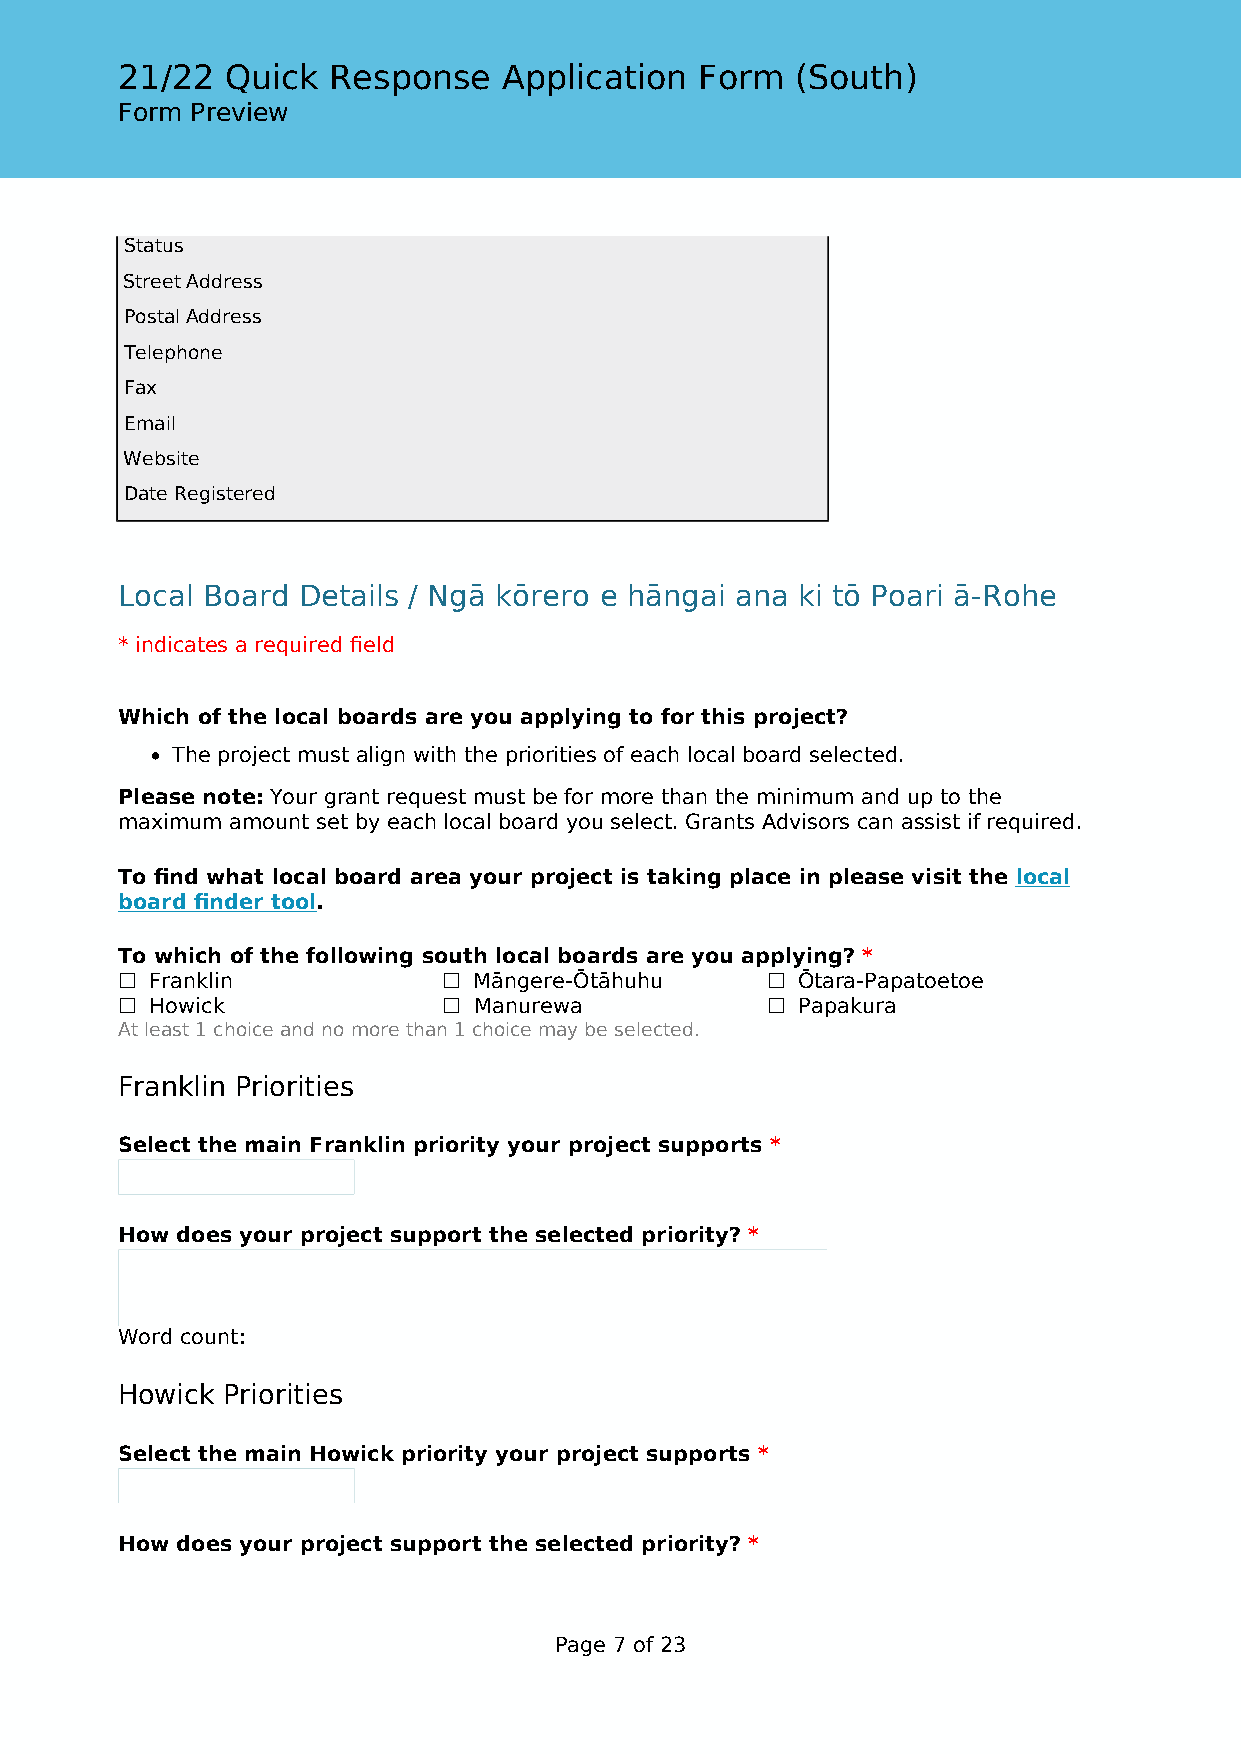
21/22  Quick  Response   Application  Form   (South)
 Form Preview
 Status
 Street Address
 Postal Address
 Telephone
 Fax
 Email
 Website
 Date Registered
 Local Board Details / Ngā kōrero e hāngai ana ki tō Poari ā-Rohe
 * indicates a required field
 Which of the local boards are you applying to for this project?
 • The project must align with the priorities of each local board selected.
 Please note: Your grant request must be for more than the minimum and up to the
 maximum amount set by each local board you select. Grants Advisors can assist if required.
 To find what local board area your project is taking place in please visit the local
 board finder tool.
 To which of the following south local boards are you applying? *
 ☐ Franklin           ☐ Māngere-Ōtāhuhu     ☐ Ōtara-Papatoetoe
 ☐ Howick             ☐ Manurewa            ☐ Papakura
 At least 1 choice and no more than 1 choice may be selected.
 Franklin Priorities
 Select the main Franklin priority your project supports *
 How does your project support the selected priority? *
 Word count:
 Howick Priorities
 Select the main Howick priority your project supports *
 How does your project support the selected priority? *
 Page 7 of 23